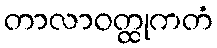
တာလာဝတ္ထုကတံ